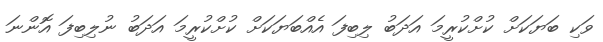
ވަކި ބަޔަކަށް ކުށްކުރީމަ އަދަބު ލިބިފަ އެއްބަޔަކަށް ކުށްކުރީމަ އަދަބު ނުލިބިފަ އޮންނަ